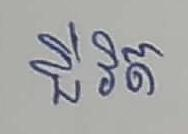
ជីវិត